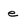
Character: e